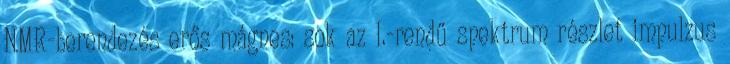
NMR-berendezés erős mágnes: sok az I.-rendű spektrum részlet impulzus